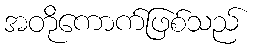
အတိုကောက်ဖြစ်သည်